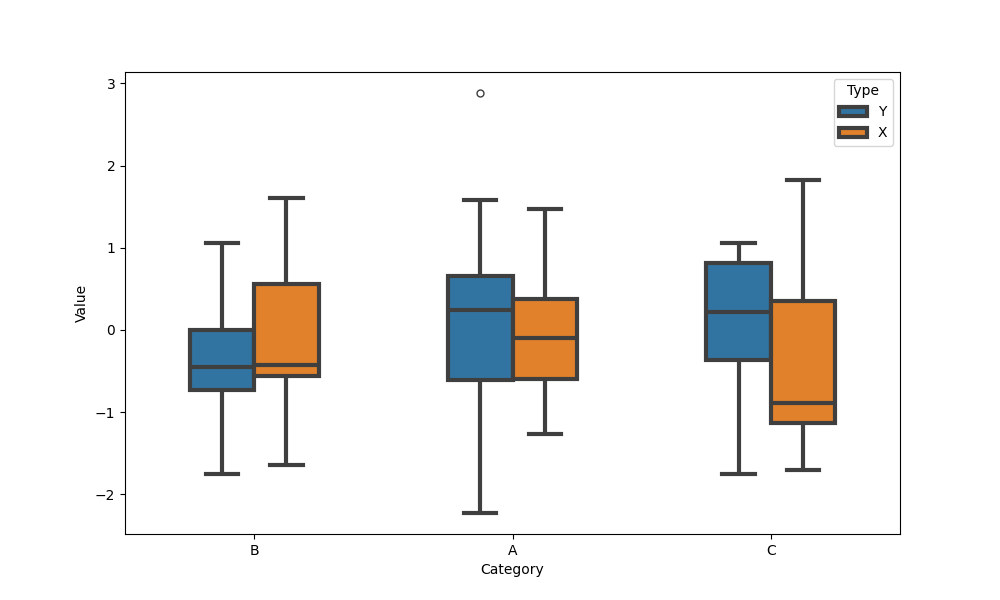
python, seaborn, boxplot, width=0.5, linewidth=3, fliersize=5, notch=False